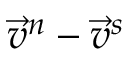
\vec { v } ^ { n } - \vec { v } ^ { s }